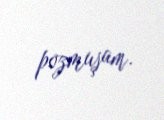
pozmuşam.